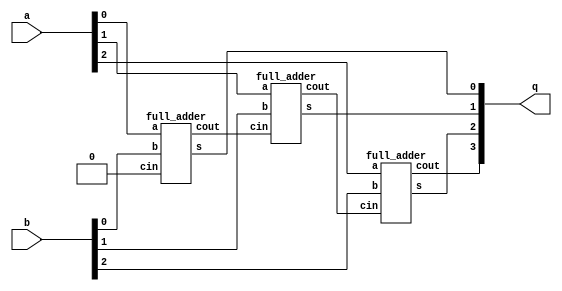
module parallel_adder_3bit(q,a,b);
    input[2:0] a,b;
    output[3:0] q;
    wire [2:0] c;


    full_adder FA_0(c[0],q[0],a[0],b[0],1'b0);
    full_adder FA_1(c[1],q[1],a[1],b[1],c[0]);
    full_adder FA_2(q[3],q[2],a[2],b[2],c[1]);
endmodule

module full_adder(cout,s,a,b,cin);
    input a,b,cin;
    output cout, s;
    wire x,y,z;
    xor (x,a,b);
    xor (s,x,cin);
    and(y,x,cin);
    and(z,a,b);
    or(cout,y,z);
endmodule

module p_adder_3tb();
    reg[2:0] a,b;
    wire[3:0] q;

    parallel_adder_3bit PA3(q,a,b);
    initial begin
        $dumpfile("p_adder_3tb.vcd");
        $dumpvars;
            a = 3'b110; b = 3'b111; #1;

    end
endmodule